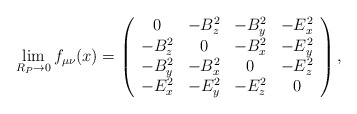
\begin{align*}\lim _{R_{P}\rightarrow 0}f_{\mu \nu }(x)=\left( \begin{array}{cccc}0 & -B_{z}^{2} & -B_{y}^{2} & -E_{x}^{2}\\-B_{z}^{2} & 0 & -B_{x}^{2} & -E_{y}^{2}\\-B_{y}^{2} & -B_{x}^{2} & 0 & -E_{z}^{2}\\-E_{x}^{2} & -E_{y}^{2} & -E_{z}^{2} & 0\end{array}\right) ,\end{align*}